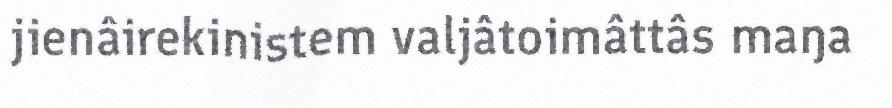
jienâirekinistem valjâtoimâttâs maŋa